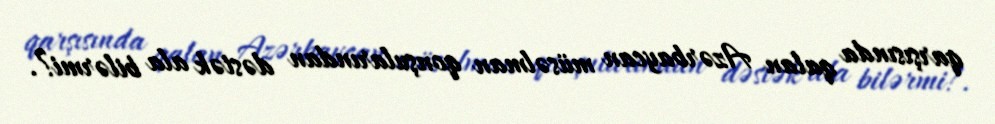
qarşısında qalan Azərbaycan müsəlman qonşularından dəstək ala bilərmi?.